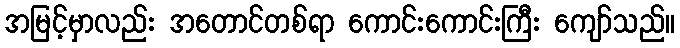
အမြင့်မှာလည်း အတောင်တစ်ရာ ကောင်းကောင်းကြီး ကျော်သည်။